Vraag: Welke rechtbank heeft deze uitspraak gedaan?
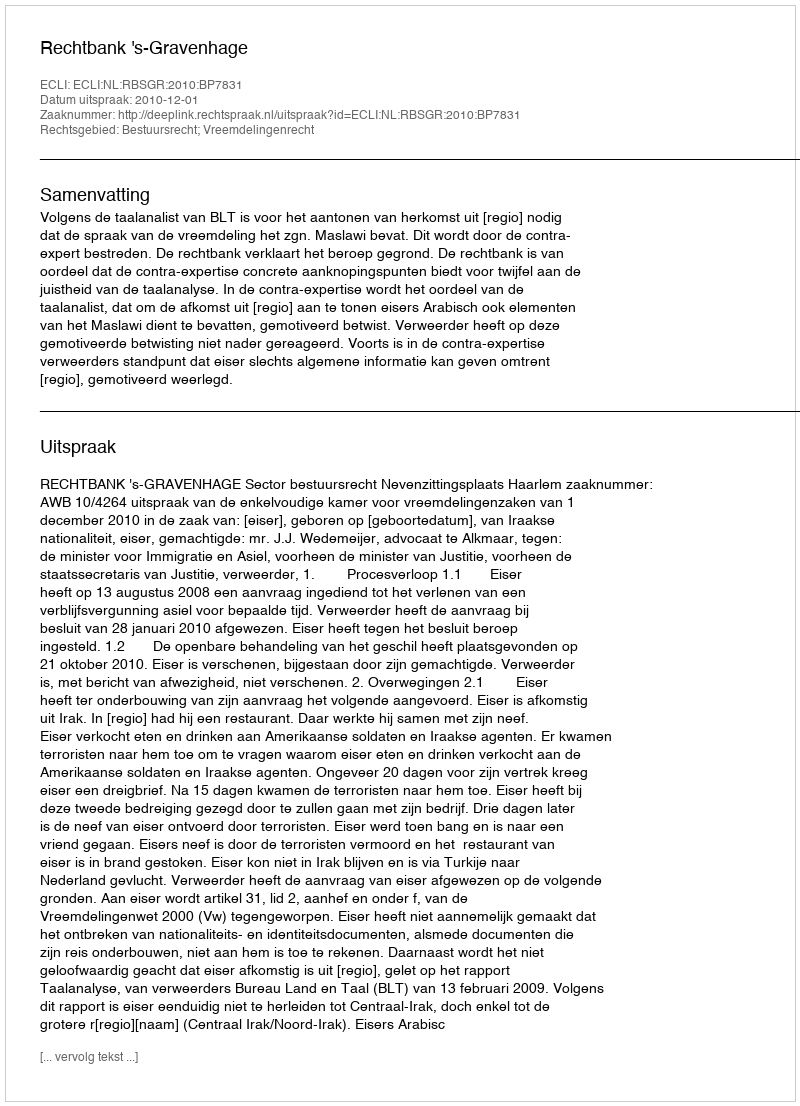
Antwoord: Rechtbank 's-Gravenhage